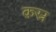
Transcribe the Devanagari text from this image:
क़स्र